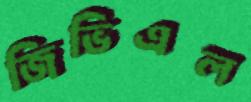
জিভিএল